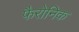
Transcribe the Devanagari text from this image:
फैरोनिक